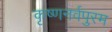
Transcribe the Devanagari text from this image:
कृष्णनर्वपुरम